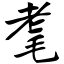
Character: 耄